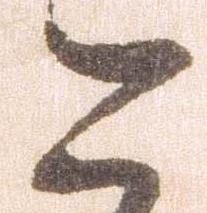
こ